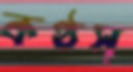
কণ্ঠস্